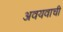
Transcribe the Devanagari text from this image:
अवयवाची